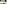
①刀刃很薄可以增大压力